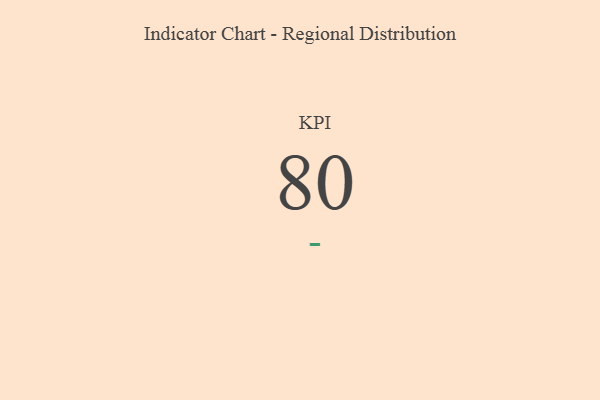
{"axis": {"x": "KPI", "y": "Value"}, "legend": [""], "data": [{"x": "KPI", "y": 80, "type": ""}]}